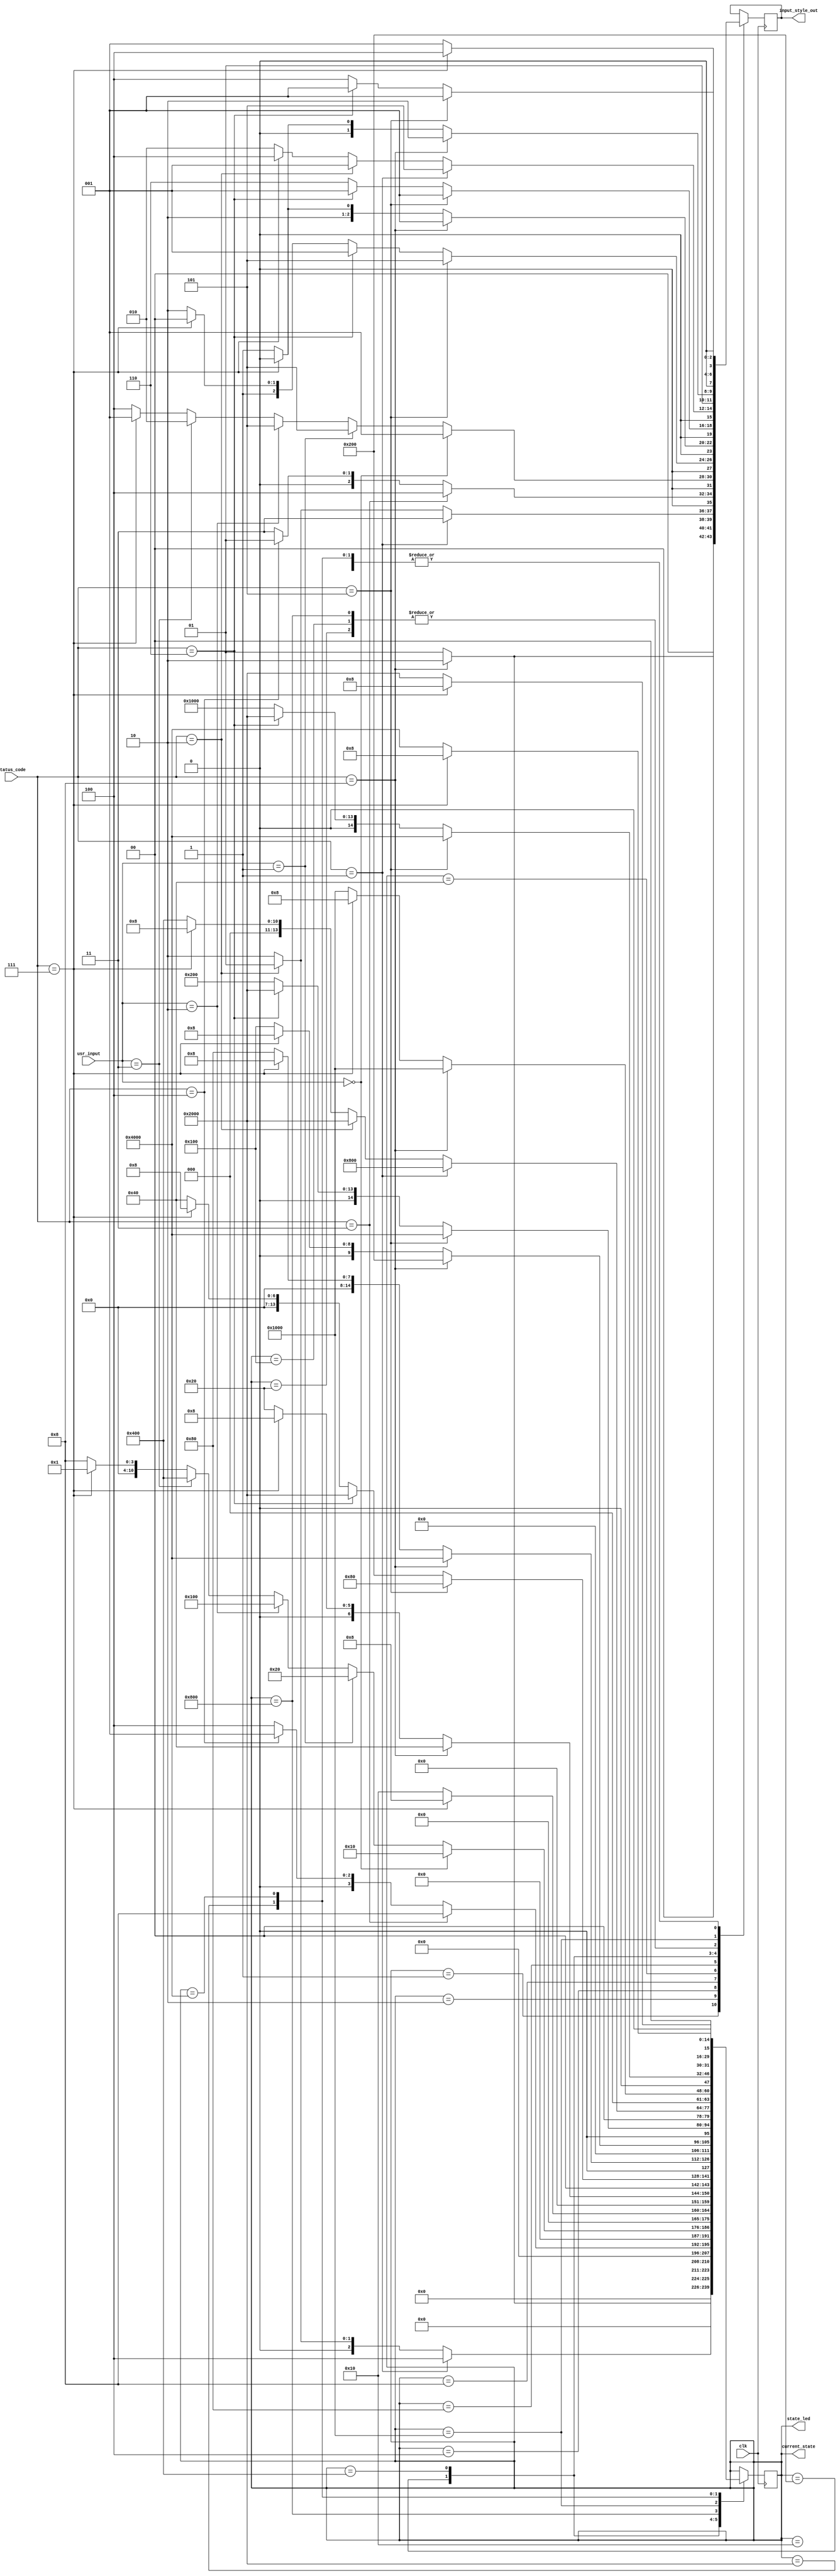
`timescale 1ns / 1ps
//////////////////////////////////////////////////////////////////////////////////
// Company: 
// Engineer: 
// 
// Design Name: 
// Module Name: FSM
// Project Name: 
// Target Devices: 
// Tool Versions: 
// Description: 
// 
// Dependencies: 
// 
// Revision:
// Revision 0.01 - File Created
// Additional Comments:
// 
//////////////////////////////////////////////////////////////////////////////////


module FSM(
    input clk,
    //input inc_state, //debug button to progress state
    input [1:0] usr_input, //Input from user (probably going to change as the input format is still up in the air)
                     //Maybe Instead of forwarding user input to this module there is another module in the middle
                     //that verifies account numbers and pin numbers
    input [3:0] status_code, //Status from middle module for use in progressing states that require more than a simple input 
    output [15:0] current_state, //Current state code
    //output display_enable, //Display output parameter that will have to get configured
    output [3:0] input_style_out,
    output [15:0] state_led
    
    // I think we can base the input style parameter and the display enable parameter based off the current state value
    
    );
    
    // Temporary registers for various 
    
    reg display_out;
    reg [3:0] input_style;
    
    
    // Parameter for status codes for state transitions (status_code)
    parameter [3:0] 
        ACC_FOUND = 4'b0001,
        ACC_NOT_FOUND = 4'b0010,
        PIN_CORRECT = 4'b0011,
        PIN_INCORRECT = 4'b0100,
        AMT_VALID = 4'b0101,
        AMT_INVALID = 4'b0110,
        EXIT = 4'b0111,
        INPUT_COMPLETE = 4'b1000;
        
    // Parameter for Input style (Pretty sure these will work for all state transitions/input requirements, let me know though)
    parameter [3:0]
        SINGLE_KEY = 4'b0001,
        ACC_NUMBER = 4'b0010,
        PIN_NUMBER = 4'b0011,
        MENU_SELECTION = 4'b0100,
        CURRENCY_TYPE = 4'b0101,
        CURRENCY_AMOUNT = 4'b0110;
    
    // Parameter for output style (I have no clue if these are the best parameters let me know what you want)
    
    parameter [3:0]
        INFORMATION = 4'b0001,
        INSTRUCTION = 4'b0010,
        STATIC = 4'b0011,
        SCROLLING = 4'b0100,
        DISPLAY_INPUT = 4'b0101,
        CYCLING = 4'b0110;
    
    // Parameter for menu options (These can change also, just needed a way to distinguish between user inputs)
    parameter [1:0]
        BALANCE = 2'b00,
        CONVERT = 2'b01,
        WITHDRAW_OPTION = 2'b10,
        TRANSFER_OPTION = 2'b11;
    
    reg [15:0] state;
    parameter [15:0] // I made this encoding scheme so i could light up debug LEDs but there are too many states lol
                     // These will probably change but wont affect any other modules
        IDLE = 16'b0000000000000001,
        ACC_NUM = 16'b0000000000000010,
        PIN_INPUT = 16'b0000000000000100,
        MENU = 16'b0000000000001000,
        SHOW_BALANCES = 16'b0000000000010000,
        CONVERT_CURRENCY = 16'b0000000000100000,
        SELECT_CURRENCY_CONVERT_1 = 16'b0000000001000000,
        SELECT_CURRENCY_CONVERT_2 = 16'b0000000010000000,
        WITHDRAW = 16'b0000000100000000,
        SELECT_AMOUNT_WITHDRAW = 16'b0000001000000000,
        TRANSFER = 16'b0000010000000000,
        SELECT_CURRENCY_TRANSFER = 16'b0000100000000000,
        SELECT_AMOUNT_TRANSFER = 16'b0001000000000000,
        ERROR = 16'b0010000000000000,
        SUCCESS = 16'b0100000000000000;
    
    initial state = IDLE;
    
    // Isolate rising edge of debug button for state progression
    /*
    wire inc_state_edge;
    reg inc_state_sync_f;
    reg inc_state_f;
    reg inc_state_sync;
    
    
    always @(posedge clk) begin
        inc_state_f <= inc_state;
        inc_state_sync <= inc_state_f;
    end
    
    always @(posedge clk) begin
        inc_state_sync_f <= inc_state_sync;
    end
    
    assign inc_state_edge = inc_state_sync & ~inc_state_sync_f;
    */
    always @(posedge clk) begin // Use up button to increase state
        
        case(state)
            IDLE: begin
                if (status_code == INPUT_COMPLETE) begin
                    state = ACC_NUM;
                    display_out = SCROLLING; //TODO: Display "INPUT ACCOUNT NUMBER" Or something like that 
                                     //also should make an encoding scheme for what to display (Make a list of text to display)
                    input_style = ACC_NUMBER; //TODO: Associate input style with amount of characters that can be inputted, 
                                     //If input is saved, or if is simply progressing through menus
                                     //Need an encoding scheme for this also (make a list of input lenghts/configurations)
                                     //Maybe this is just based on what buttons they press on the keyboard
                end else begin
                    state = IDLE;
                    display_out = CYCLING; //Default display out to show idle/welcome text or current prices
                    input_style = SINGLE_KEY; //any key will progress to next state
                end
            end
            ACC_NUM: begin
                if (status_code == ACC_FOUND) begin //Move to next state if account was found
                    state = PIN_INPUT;
                    display_out = SCROLLING; // Display "INPUT PIN NUMBER"
                    input_style = PIN_NUMBER;
                end else if (status_code == ACC_NOT_FOUND) begin
                    state = IDLE;
                    display_out = CYCLING;
                    input_style = SINGLE_KEY;
                end else begin
                    state = ACC_NUM;
                    display_out = SCROLLING;
                    input_style = ACC_NUMBER;
                end
            end
            PIN_INPUT: begin
                if (status_code == PIN_CORRECT) begin
                    state = MENU;
                    display_out = SCROLLING;
                    input_style = MENU_SELECTION;
                end else if (status_code == PIN_INCORRECT) begin
                    state = IDLE;
                    display_out = CYCLING;
                    input_style = SINGLE_KEY;
                end else begin
                    state = PIN_INPUT;
                    display_out = SCROLLING;
                    input_style = PIN_NUMBER;
                end
            end
            MENU: begin
                if (usr_input == BALANCE) begin
                    state = SHOW_BALANCES;
                    display_out = SCROLLING;
                    input_style = SINGLE_KEY;
                end else if (usr_input == CONVERT) begin
                    state = CONVERT_CURRENCY;
                    display_out = SCROLLING;
                    input_style = CURRENCY_TYPE;
                end else if (usr_input == WITHDRAW_OPTION) begin
                    state = WITHDRAW;
                    display_out = SCROLLING;
                    input_style = CURRENCY_TYPE;
                end else if (usr_input == TRANSFER_OPTION) begin
                    state = TRANSFER;
                    display_out = SCROLLING;
                    input_style = ACC_NUMBER;
                end else if (status_code == EXIT) begin
                    state = IDLE;
                    display_out = SCROLLING;
                    input_style = SINGLE_KEY;
                end else begin
                    state = MENU;
                    display_out = SCROLLING;
                    input_style = MENU_SELECTION;          
                end
            end
            SHOW_BALANCES: begin
                if (status_code == EXIT) begin
                    state = MENU;
                    display_out = SCROLLING;
                    input_style = MENU_SELECTION;
                end else begin
                    state = SHOW_BALANCES;
                    display_out = SCROLLING;
                    input_style = SINGLE_KEY;
                end
            end
            CONVERT_CURRENCY: begin
                if (status_code == INPUT_COMPLETE) begin
                    state = SELECT_CURRENCY_CONVERT_1;
                    display_out = SCROLLING;
                    input_style = CURRENCY_AMOUNT;
                end else if (status_code == EXIT) begin
                    state = MENU;
                    display_out = SCROLLING;
                    input_style = MENU_SELECTION;    
                end else begin
                    state = CONVERT_CURRENCY;
                    display_out = SCROLLING;
                    input_style = CURRENCY_TYPE;
                end
            end
            SELECT_CURRENCY_CONVERT_1: begin
                if (status_code == AMT_VALID) begin
                    state = SELECT_CURRENCY_CONVERT_2;
                    display_out = SCROLLING;
                    input_style = CURRENCY_TYPE;
                end else if (status_code == AMT_INVALID) begin
                    state = ERROR;
                    display_out = SCROLLING;
                    input_style = SINGLE_KEY;
                end else if (status_code == EXIT) begin
                    state = MENU;
                    display_out = SCROLLING;
                    input_style = MENU_SELECTION;    
                end else begin
                    state = SELECT_CURRENCY_CONVERT_1;
                    display_out = SCROLLING;
                    input_style = CURRENCY_AMOUNT;      
                end
            end
            SELECT_CURRENCY_CONVERT_2: begin
                if (status_code == INPUT_COMPLETE) begin
                    state = SUCCESS;
                    display_out = SCROLLING;
                    input_style = SINGLE_KEY;
                end else if (status_code == EXIT) begin
                    state = MENU;
                    display_out = SCROLLING;
                    input_style = MENU_SELECTION;
                end else begin
                    state = SELECT_CURRENCY_CONVERT_2;
                    display_out = SCROLLING;
                    input_style = CURRENCY_TYPE;
                end
            end
            WITHDRAW: begin
                if (status_code == INPUT_COMPLETE) begin
                    state = SELECT_AMOUNT_WITHDRAW;
                    display_out = SCROLLING;
                    input_style = CURRENCY_AMOUNT;
                end else if (status_code == EXIT) begin
                    state = MENU;
                    display_out = SCROLLING;
                    input_style = MENU_SELECTION;    
                end else begin
                    state = WITHDRAW;
                    display_out = SCROLLING;
                    input_style = CURRENCY_TYPE; 
                end
            end
            SELECT_AMOUNT_WITHDRAW: begin
                if (status_code == AMT_VALID) begin
                    state = SUCCESS;
                    display_out = SCROLLING;
                    input_style = SINGLE_KEY;
                end else if (status_code == AMT_INVALID) begin
                    state = ERROR;
                    display_out = SCROLLING;
                    input_style = SINGLE_KEY;    
                end else begin
                    state = SELECT_AMOUNT_WITHDRAW;
                    display_out = SCROLLING;
                    input_style = CURRENCY_AMOUNT; 
                end
            end
            TRANSFER: begin
                if (status_code == ACC_FOUND) begin
                    state = SELECT_CURRENCY_TRANSFER;
                    display_out = SCROLLING;
                    input_style = CURRENCY_TYPE;
                end else if (status_code == ACC_NOT_FOUND) begin
                    state = ERROR;
                    display_out = SCROLLING;
                    input_style = SINGLE_KEY;
                end else if (status_code == EXIT) begin
                    state = MENU;
                    display_out = SCROLLING;
                    input_style = MENU_SELECTION;   
                end else begin
                    state = TRANSFER;
                    display_out = SCROLLING;
                    input_style = ACC_NUMBER; 
                end
            end
            SELECT_CURRENCY_TRANSFER: begin
                if (status_code == INPUT_COMPLETE) begin
                    state = SELECT_AMOUNT_TRANSFER;
                    display_out = SCROLLING;
                    input_style = CURRENCY_AMOUNT;
                end else if (status_code == EXIT) begin
                    state = MENU;
                    display_out = SCROLLING;
                    input_style = MENU_SELECTION; 
                end else begin
                    state = SELECT_AMOUNT_TRANSFER;
                    display_out = SCROLLING;
                    input_style = CURRENCY_TYPE;
                end
            end
            SELECT_AMOUNT_TRANSFER: begin
                if (status_code == AMT_VALID) begin
                    state = SUCCESS;
                    display_out = SCROLLING;
                    input_style = SINGLE_KEY;
                end else if (status_code == AMT_INVALID) begin
                    state = ERROR;
                    display_out = SCROLLING;
                    input_style = SINGLE_KEY;                      
                end else begin
                    state = SELECT_AMOUNT_TRANSFER;
                    display_out = SCROLLING;
                    input_style = MENU_SELECTION;
                end
            end
            ERROR: begin
                if (status_code == EXIT) begin
                    state = MENU;
                    display_out = SCROLLING;
                    input_style = MENU_SELECTION;                    
                end else begin
                    state = ERROR;
                    display_out = SCROLLING;
                    input_style = SINGLE_KEY; 
                end
            end
            SUCCESS: begin
                if (status_code == EXIT) begin
                    state = MENU;
                    display_out = SCROLLING;
                    input_style = MENU_SELECTION;                    
                end else begin
                    state = SUCCESS;
                    display_out = SCROLLING;
                    input_style = SINGLE_KEY;
                end
            end
        endcase
        end
        
        assign current_state = state;
        assign state_led = state;
        assign input_style_out = input_style;
    
endmodule